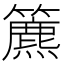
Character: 𥶔